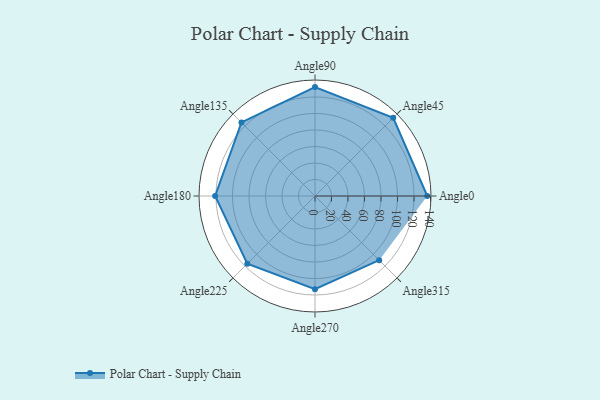
{"axis": {"x": "Angle", "y": "Radius"}, "legend": [""], "data": [{"x": "Angle0", "y": 136.0, "type": ""}, {"x": "Angle45", "y": 134.0, "type": ""}, {"x": "Angle90", "y": 132.0, "type": ""}, {"x": "Angle135", "y": 126.0, "type": ""}, {"x": "Angle180", "y": 121.0, "type": ""}, {"x": "Angle225", "y": 116.0, "type": ""}, {"x": "Angle270", "y": 113.0, "type": ""}, {"x": "Angle315", "y": 110.0, "type": ""}]}